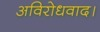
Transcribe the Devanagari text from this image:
अविरोधवाद।